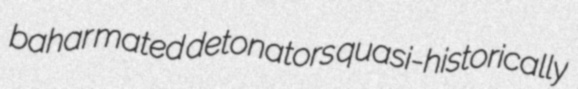
bahar mated detonators quasi-historically